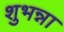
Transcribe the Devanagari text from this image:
शुभन्ना